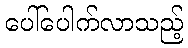
ပေါ်ပေါက်လာသည့်